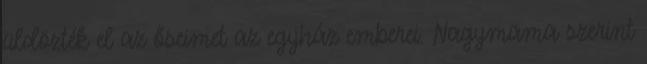
üldözték el az őseimet az egyház emberei. Nagymama szerint